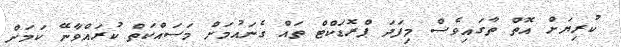
ކުރިޔަށް އޮތް ތާގައިވެސް މިފަދަ ޕްރޮޑަކްޓް ތައް ގެނައުމަށް މަސައްކަތް ކުރައްވާނޭ ކަމަށް